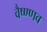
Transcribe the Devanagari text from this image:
वैष्ण्णव